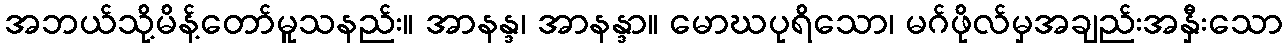
အဘယ်သို့မိန့်တော်မူသနည်း။ အာနန္ဒ၊ အာနန္ဒာ။ မောဃပုရိသော၊ မဂ်ဖိုလ်မှအချည်းအနှီးသော